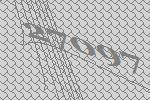
27097